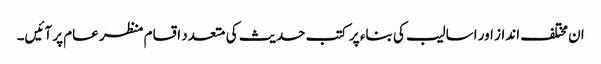
ان مختلف انداز اور اسالیب کی بناء پر کتب حدیث کی متعدد اقسام منظر عام پر آئیں۔